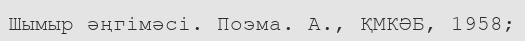
Шымыр әңгімәсі. Поэма. А., ҚМКӘБ, 1958;